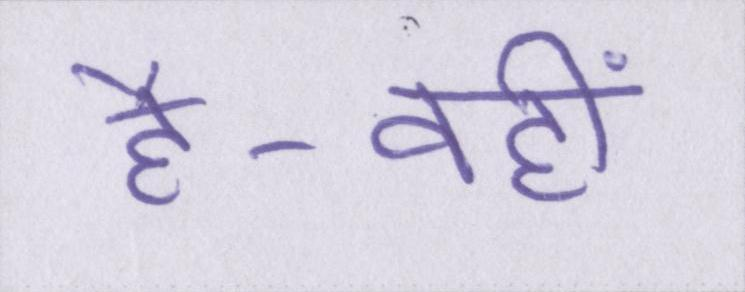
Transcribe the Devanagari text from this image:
है-वहीं